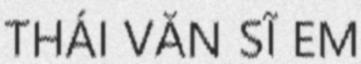
THÁI VĂN SĨ EM